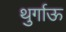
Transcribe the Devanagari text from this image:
थुर्गाऊ